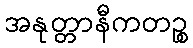
အနုတ္တာနီကတဉ္စ